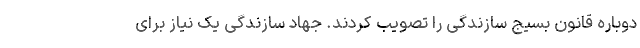
دوباره قانون بسیج سازندگی را تصویب کردند. جهاد سازندگی یک نیاز برای